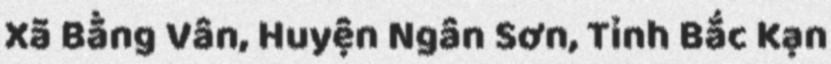
Xã Bằng Vân, Huyện Ngân Sơn, Tỉnh Bắc Kạn